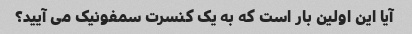
آیا این اولین بار است که به یک کنسرت سمفونیک می آیید؟